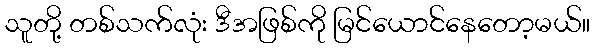
သူတို့ တစ်သက်လုံး ဒီအဖြစ်ကို မြင်ယောင်နေတော့မယ်။